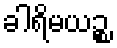
ခါရိမယဉ္စ